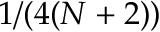
1 / ( 4 ( N + 2 ) )